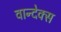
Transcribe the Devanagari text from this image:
वान्देक्स